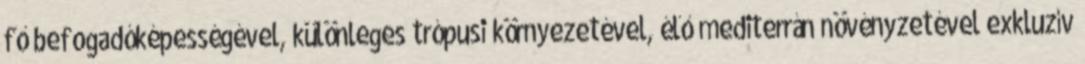
fő befogadóképességével, különleges trópusi környezetével, élő mediterrán növényzetével exkluzív